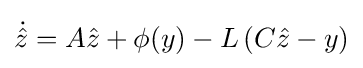
{\dot {\hat {z}}}=A{\hat {z}}+\phi (y)-L\left(C{\hat {z}}-y\right)